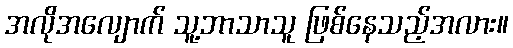
အလိုအလျောက် သူ့ဘာသာသူ ဖြစ်နေသည့်အလား။